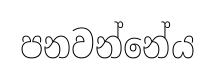
පනවන්නේය